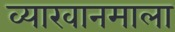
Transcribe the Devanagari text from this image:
व्याखानमाला